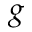
g